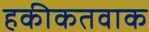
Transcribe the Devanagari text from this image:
हकीकतवाक